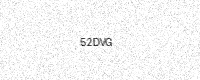
Text: 52DVG